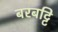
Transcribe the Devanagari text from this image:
बरबट्टि